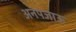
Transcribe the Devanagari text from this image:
अनपजाऊ